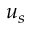
u _ { s }